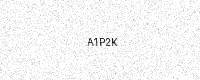
Text: A1P2K